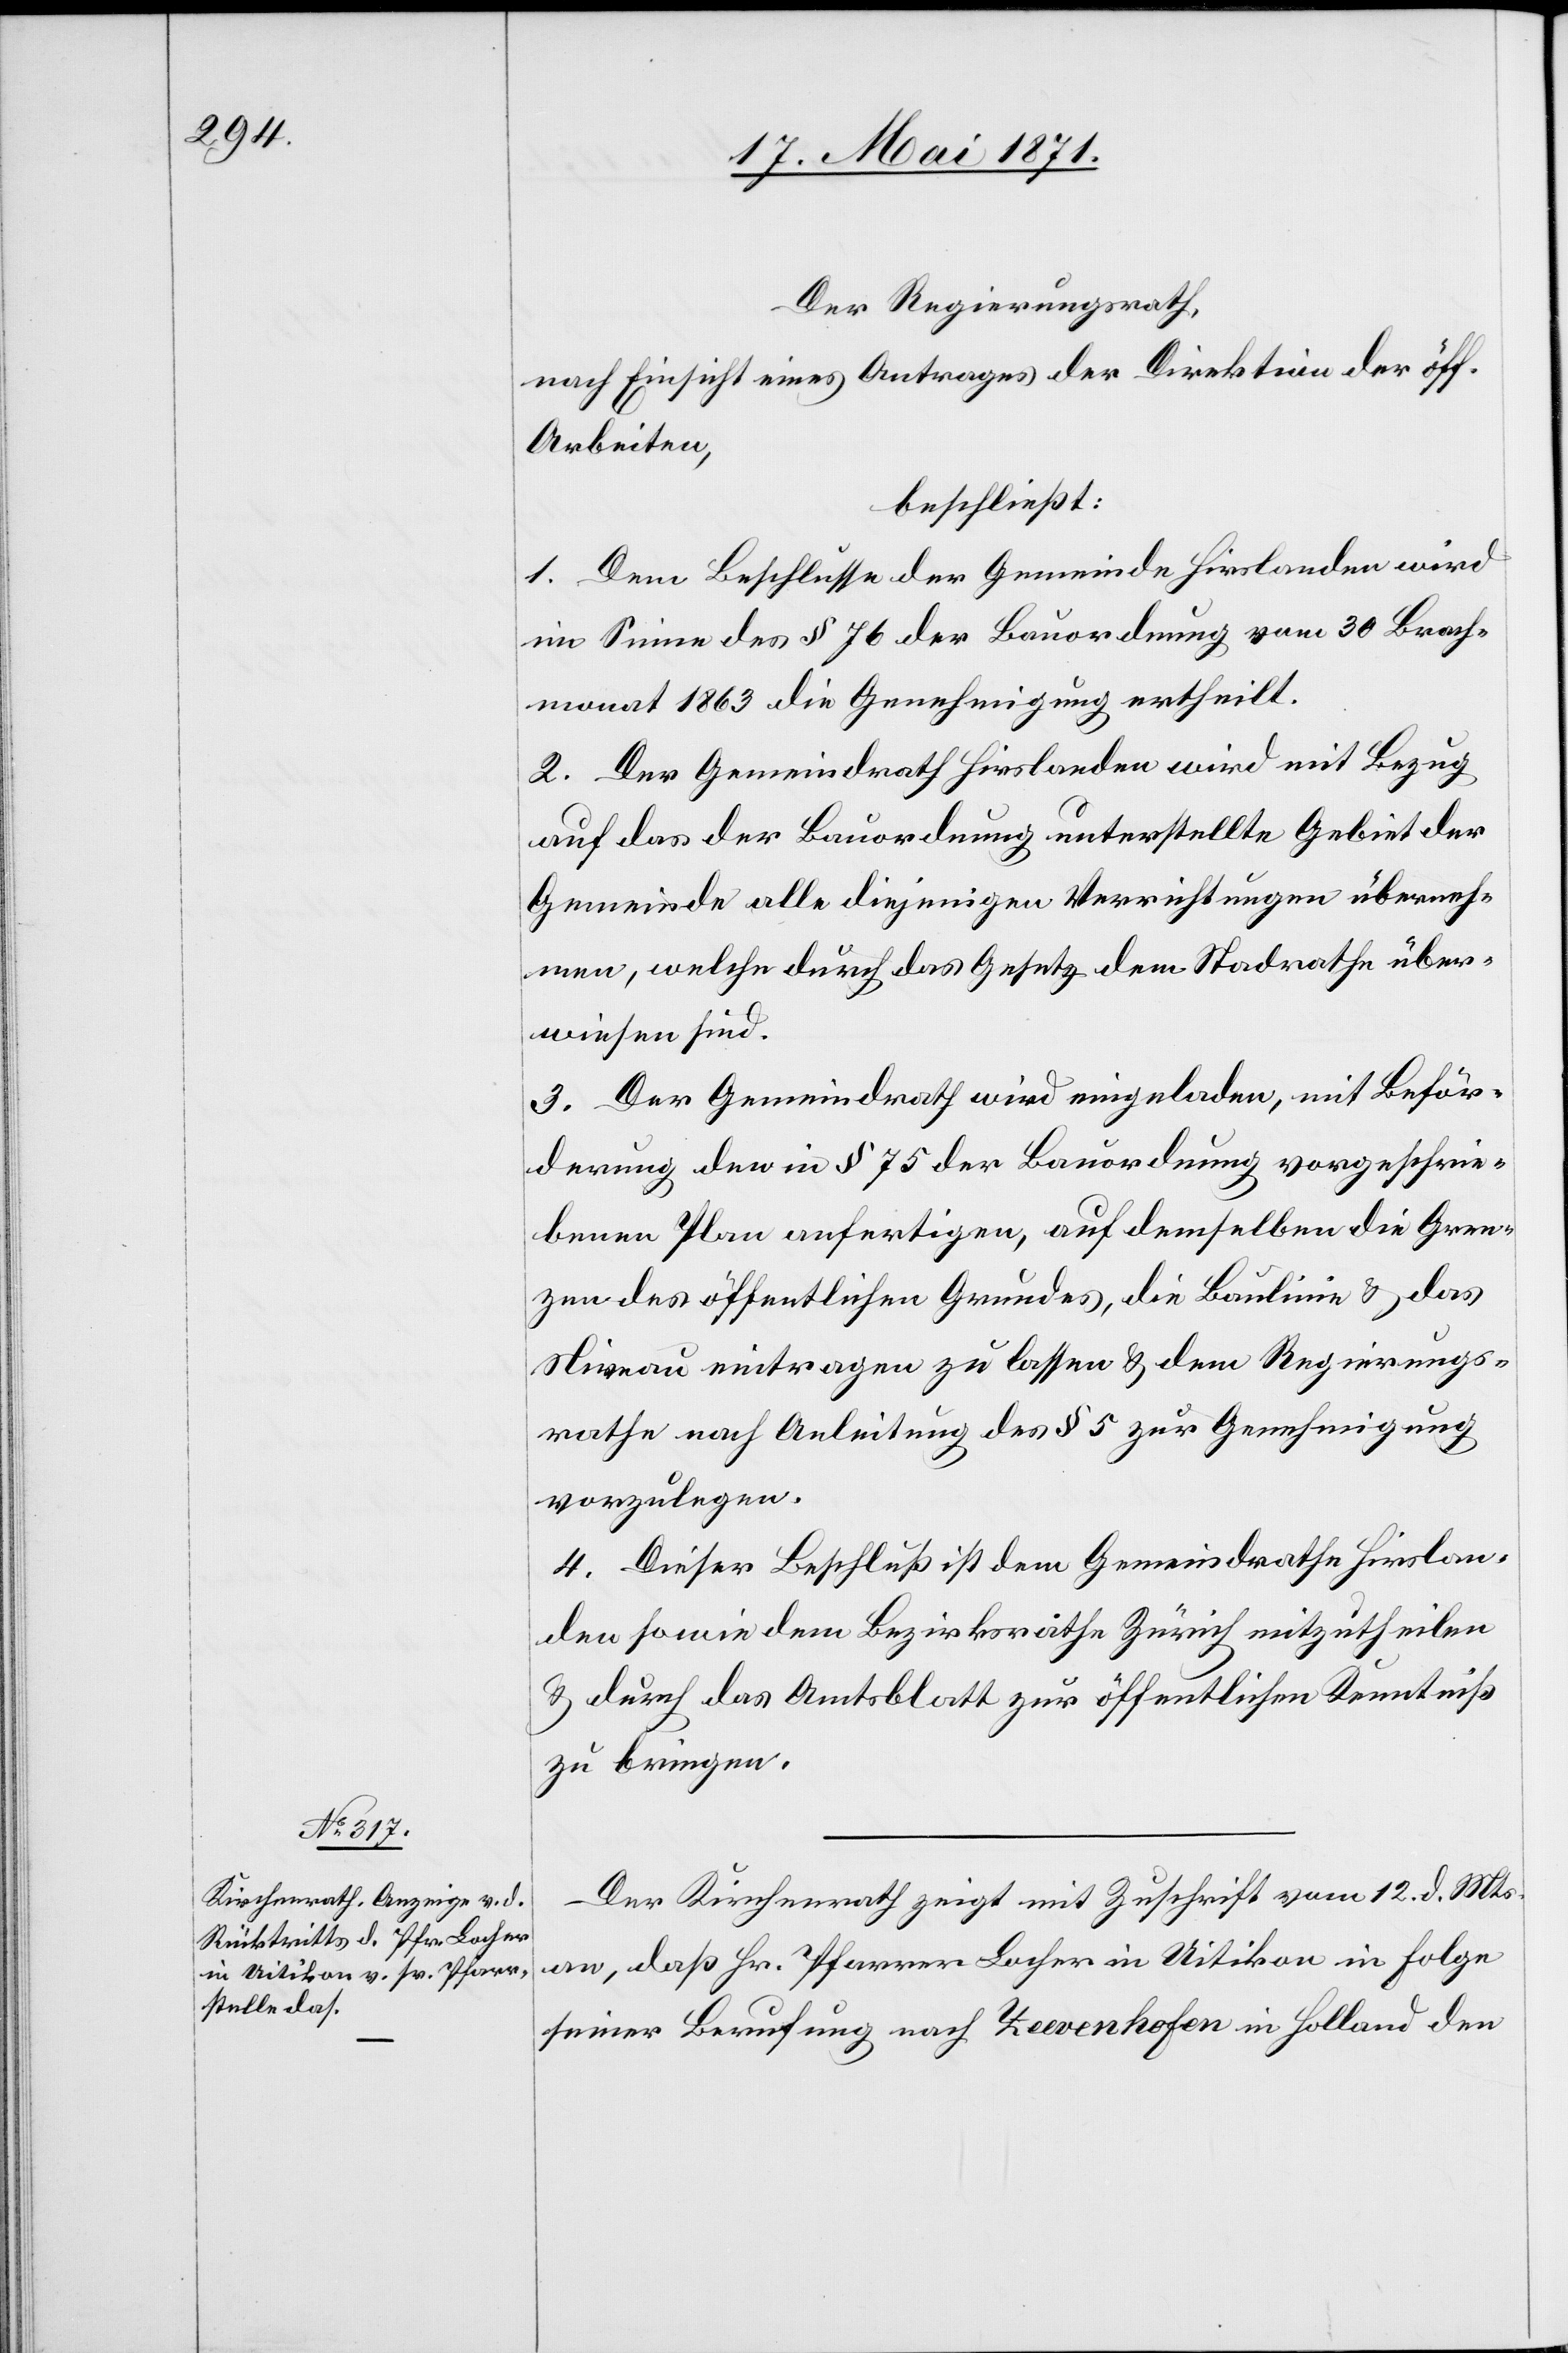
Der Regierungsrath,
nach Einsicht eines Antrages der Direktion der öff.
Arbeiten,
beschließt:
1. Dem Beschlusse der Gemeinde Hirslanden wird
im Sinne des § 76 der Bauordnung vom 30 Brach¬
monat 1863 die Genehmigung ertheilt.
2. Der Gemeindrath Hirslanden wird mit Bezug
auf das der Bauordnung unterstellte Gebiet der
Gemeinde alle diejenigen Verrichtungen überneh¬
men, welche durch das Gesetz dem Stadtrathe über¬
wiesen sind.
3. Der Gemeindrath wird eingeladen, mit Beför¬
derung den in § 75 der Bauordnung vorgeschrie¬
benen Plan anfertigen, auf demselben die Gren¬
zen des öffentlichen Grundes, die Baulinie u. das
Niveau eintragen zu lassen u. dem Regierungs¬
rathe nach Anleitung des § 5 zur Genehmigung
vorzulegen.
4. Dieser Beschluß ist dem Gemeindrathe Hirslan¬
den sowie dem Bezirksrathe Zürich mitzutheilen
u. durch das Amtsblatt zur öffentlichen Kenntniß
zu bringen.
Der Kirchenrath zeigt mit Zuschrift vom 12. d. Mts.
an, daß Hr. Pfarrer Locher in Uitikon in Folge
seiner Berufung nach Zeevenhofen in Holland den